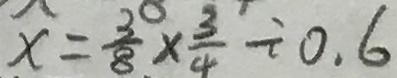
x = \frac { 3 } { 8 } \times \frac { 3 } { 4 } \div 0 . 6